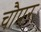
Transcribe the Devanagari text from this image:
चौपर